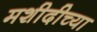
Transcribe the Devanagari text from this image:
मशीदीच्या